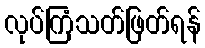
လုပ်ကြံသတ်ဖြတ်ရန်